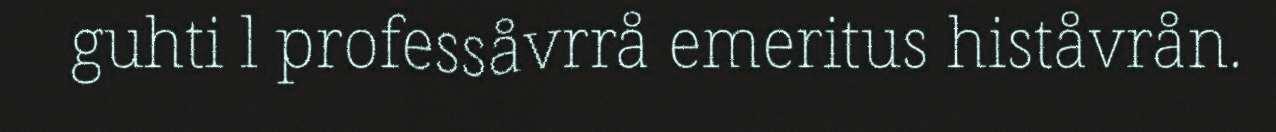
guhti l professåvrrå emeritus histåvrån.